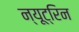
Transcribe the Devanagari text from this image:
न्यूट्रिन